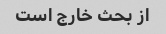
از بحث خارج است